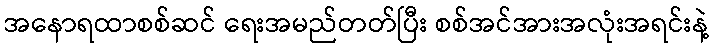
အနောရထာစစ်ဆင် ရေးအမည်တတ်ပြီး စစ်အင်အားအလုံးအရင်းနဲ့